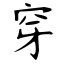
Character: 穿